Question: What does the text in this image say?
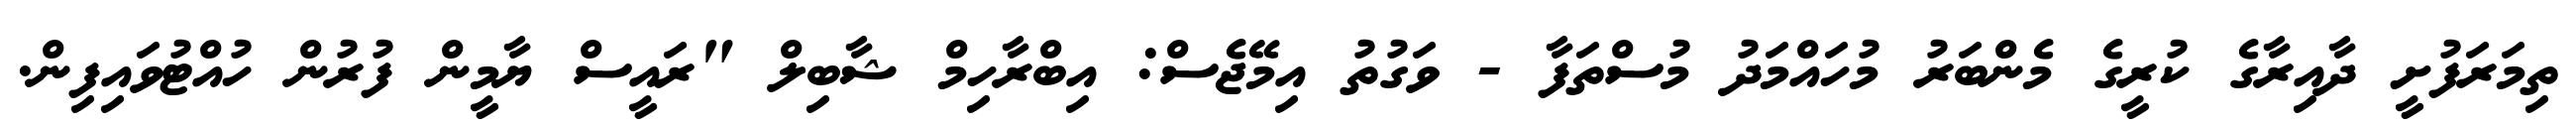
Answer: ތިމަރަފުށީ ދާއިރާގެ ކުރީގެ މެންބަރު މުހައްމަދު މުސްތަފާ - ވަގުތު އިމޭޖެސް: އިބްރާހިމް ޝާބިލް "ރައީސް ޔާމީން ފުރުން ހުއްޓުވައިފިން.